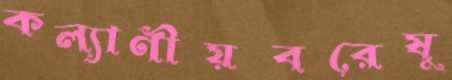
কল্যাণীয়বরেষু